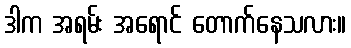
ဒါက အရမ်း အရောင် တောက်နေသလား။